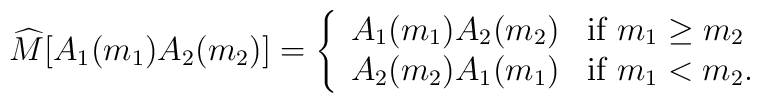
\widehat{M}[A_1(m_1) A_2(m_2)] = \left\{\begin{array}{ll}A_1(m_1) A_2(m_2) & \mbox{if $m_1 \geq m_2$} \\A_2(m_2) A_1(m_1) & \mbox{if $m_1 < m_2$}.\end{array} \right.